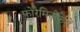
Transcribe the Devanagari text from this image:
फोरैमिनीफेरों